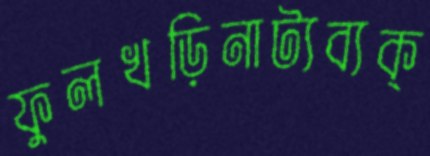
ফুলখড়িনাট্যব্যক্